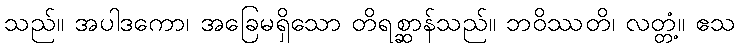
သည်။ အပါဒကော၊ အခြေမရှိသော တိရစ္ဆာန်သည်။ ဘဝိဿတိ၊ လတ္တံ့။ ဧသ